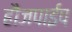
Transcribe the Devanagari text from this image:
हौजपाईप